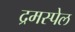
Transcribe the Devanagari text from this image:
द्रमस्पेल